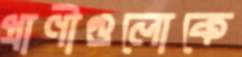
প্রাণীগুলোকে